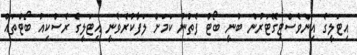
އިޓަލީގެ އިންވެސްޓިގޭޓަރުން ބުނީ ބޯޓު ފެތުނު ކަމަށް ލަފާކުރެވެނީ އިޓަލީގެ ރެސްކިއު ބޯޓްތައް